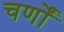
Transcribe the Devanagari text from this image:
चर्णों